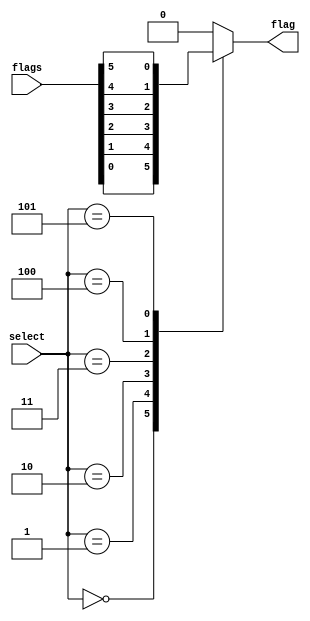
module MUX8_32(
    input [5:0] flags,
    input [2:0] select,
    output reg flag);

/*
BEQ = 0
BNE = 1
BLT = 2
BGE = 3
BLTU = 4
BGEU = 5 
default = 8
*/
parameter BEQ = 0, BNE = 1, BLT = 2, BGE = 3, BLTU = 4, BGEU = 5 ;

always @(*)begin
    case (select)
        BEQ:  
            flag <= flags[BEQ];
        BNE:  
            flag <= flags[BNE];
        BLT:  
            flag <= flags[BLT];
        BGE:  
            flag <= flags[BGE];
        BLTU:  
            flag <= flags[BLTU];
        BGEU:  
            flag <= flags[BGEU];
        
        default: flag <= 8;
    endcase
end


endmodule